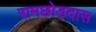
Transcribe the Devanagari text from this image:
रामछोडदास